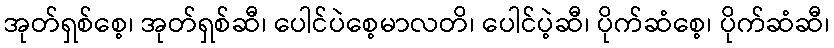
အုတ်ရှစ်စေ့၊ အုတ်ရှစ်ဆီ၊ ပေါင်ပဲစေ့မာလတိ၊ ပေါင်ပဲ့ဆီ၊ ပိုက်ဆံစေ့၊ ပိုက်ဆံဆီ၊